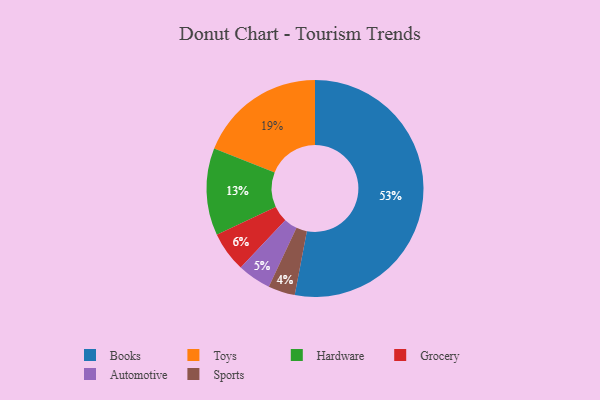
{"axis": {"x": "Category", "y": "Percentage"}, "legend": ["Automotive", "Books", "Grocery", "Hardware", "Sports", "Toys"], "data": [{"x": "Automotive", "y": 5, "type": "Automotive"}, {"x": "Toys", "y": 19, "type": "Toys"}, {"x": "Books", "y": 53, "type": "Books"}, {"x": "Sports", "y": 4, "type": "Sports"}, {"x": "Grocery", "y": 6, "type": "Grocery"}, {"x": "Hardware", "y": 13, "type": "Hardware"}]}